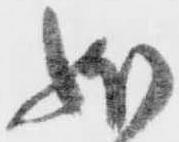
状